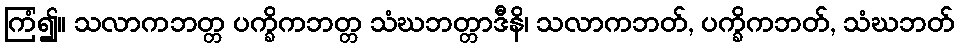
ကြံ၍။ သလာကဘတ္တ ပက္ခိကဘတ္တ သံဃဘတ္တာဒီနိ၊ သလာကဘတ်, ပက္ခိကဘတ်, သံဃဘတ်